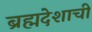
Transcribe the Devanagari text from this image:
ब्रह्मदेशाची